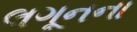
લગૂનના